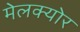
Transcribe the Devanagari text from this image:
मेलक्योर